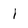
Character: l